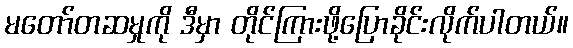
မတော်တဆမှုကို ဒီမှာ တိုင်ကြားဖို့ပြောခိုင်းလိုက်ပါတယ်။